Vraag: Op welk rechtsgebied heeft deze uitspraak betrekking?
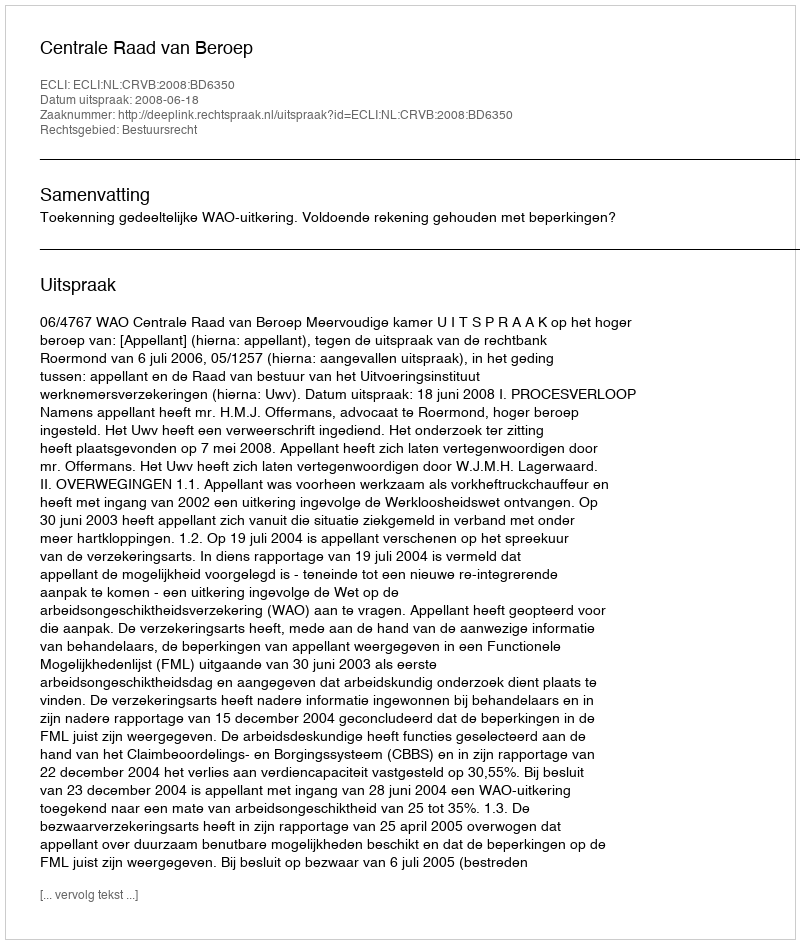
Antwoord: Bestuursrecht